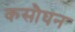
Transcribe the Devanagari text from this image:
कसौघन